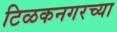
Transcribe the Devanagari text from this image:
टिळकनगरच्या